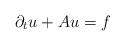
LaTeX: \begin{align*}\partial_tu+Au=f \end{align*}